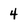
Character: 4